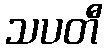
သပတီ